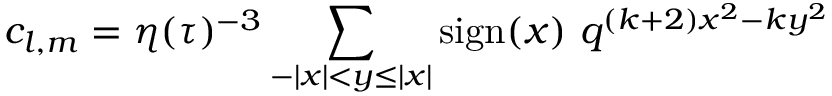
c _ { l , m } = \eta ( \tau ) ^ { - 3 } \sum _ { - | x | < y \leq | x | } \mathrm { s i g n } ( x ) ~ q ^ { ( k + 2 ) x ^ { 2 } - k y ^ { 2 } }